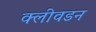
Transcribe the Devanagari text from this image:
क्लीवडन